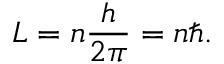
L = n { \frac { h } { 2 \pi } } = n \hbar .